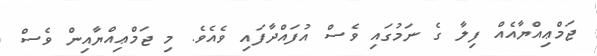
ޖަމްޢިއްޔާއެއް ފިލާ ގެ ނަމުގައި ވެސް އުފައްދާފައި ވެއެވެ. މި ޖަމްޢިއްޔާއިން ވެސް